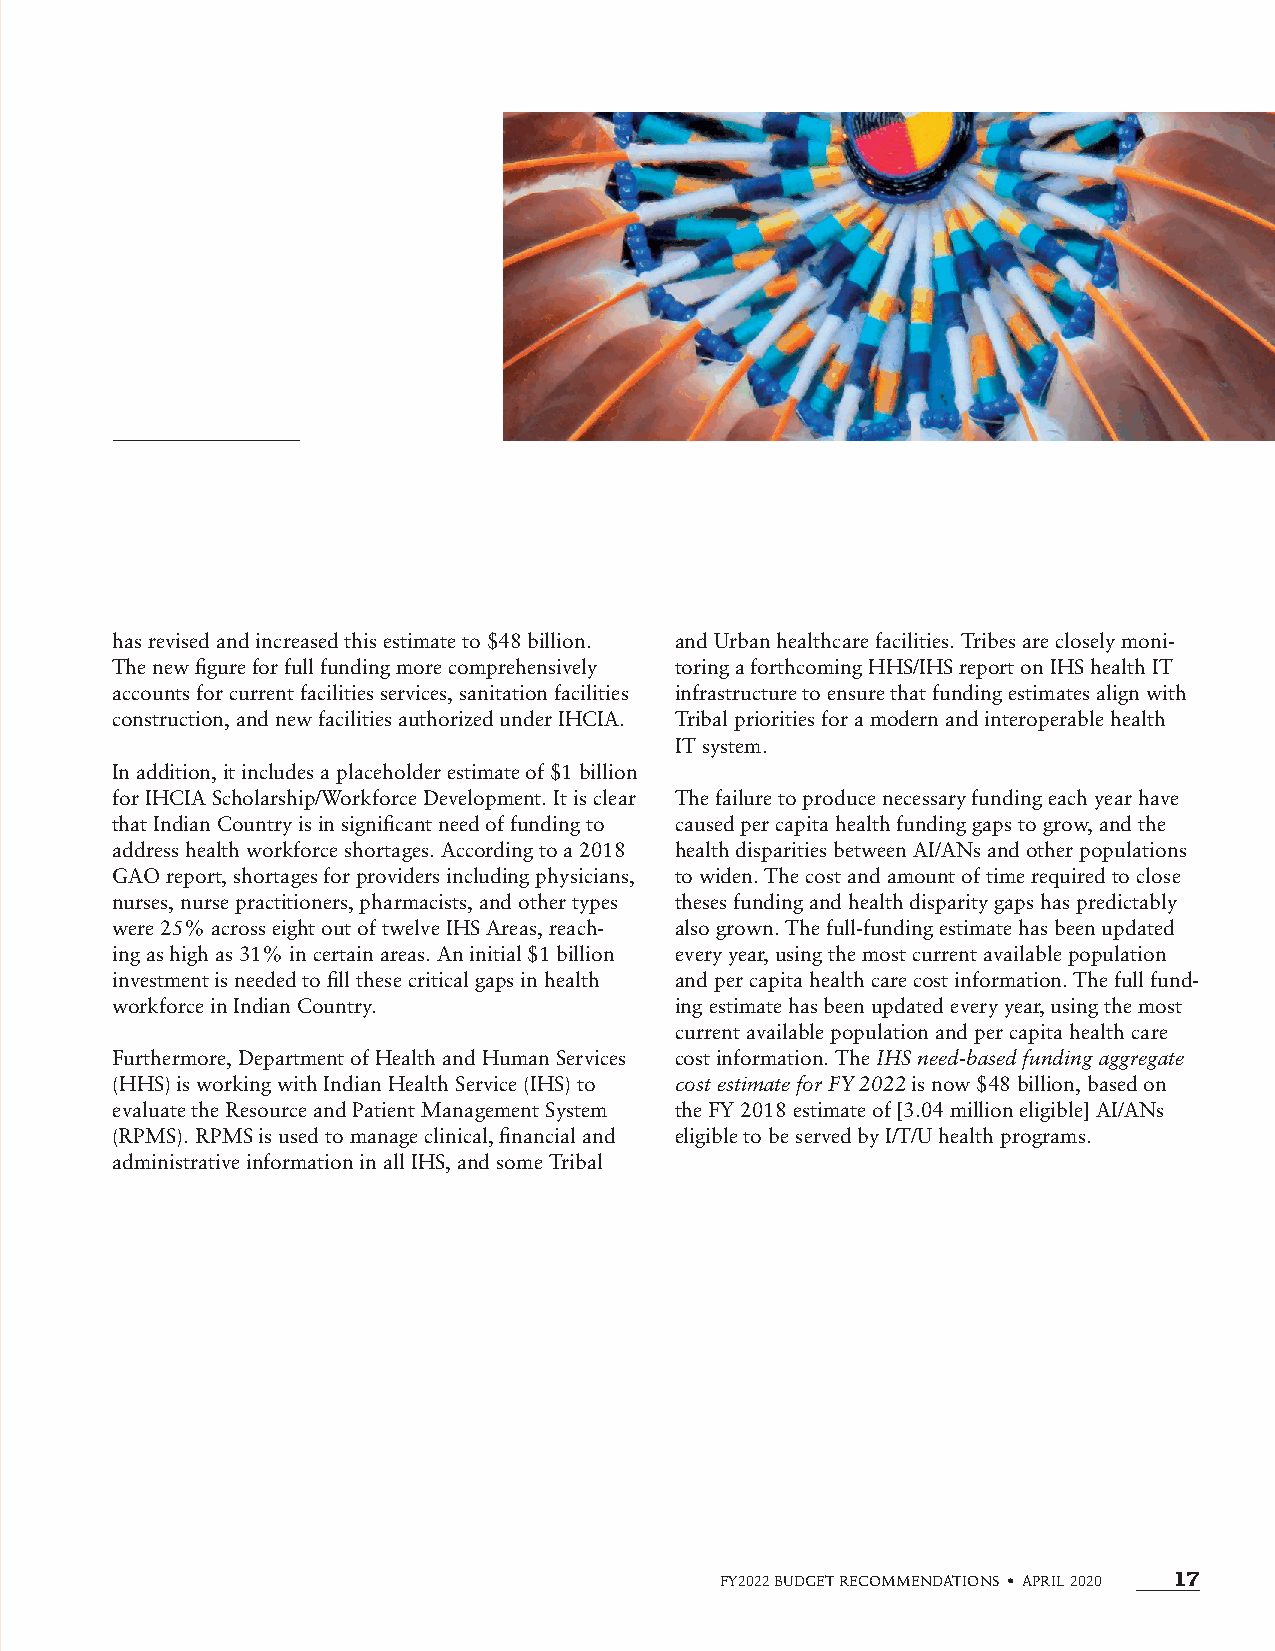
has revised and increased this estimate to $48 billion. and Urban healthcare facilities. Tribes are closely moni-
 The new figure for full funding more comprehensively toring a forthcoming HHS/IHS report on IHS health IT
 accounts for current facilities services, sanitation facilities infrastructure to ensure that funding estimates align with
 construction, and new facilities authorized under IHCIA. Tribal priorities for a modern and interoperable health
 IT system.
 In addition, it includes a placeholder estimate of $1 billion
 for IHCIA Scholarship/Workforce Development. It is clear The failure to produce necessary funding each year have
 that Indian Country is in significant need of funding to caused per capita health funding gaps to grow, and the
 address health workforce shortages. According to a 2018 health disparities between AI/ANs and other populations
 GAO report, shortages for providers including physicians, to widen. The cost and amount of time required to close
 nurses, nurse practitioners, pharmacists, and other types theses funding and health disparity gaps has predictably
 were 25% across eight out of twelve IHS Areas, reach- also grown. The full-funding estimate has been updated
 ing as high as 31% in certain areas. An initial $1 billion every year, using the most current available population
 investment is needed to fill these critical gaps in health and per capita health care cost information. The full fund-
 workforce in Indian Country.          ing estimate has been updated every year, using the most
 current available population and per capita health care
 Furthermore, Department of Health and Human Services cost information. The IHS need-based funding aggregate
 (HHS) is working with Indian Health Service (IHS) to cost estimate for FY 2022 is now $48 billion, based on
 evaluate the Resource and Patient Management System the FY 2018 estimate of [3.04 million eligible] AI/ANs
 (RPMS). RPMS is used to manage clinical, financial and eligible to be served by I/T/U health programs.
 administrative information in all IHS, and some Tribal
 FY2022 BUDGET RECOMMENDATIONS • APRIL 2020 17